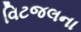
વિટજલના